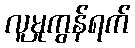
လူမှုကွန်ရက်